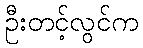
ဦးတင့်လွင်က